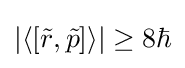
\left|\langle [{\tilde {r}},{\tilde {p}}]\rangle \right|\geq 8\hbar